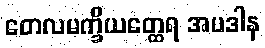
တေလမက္ခိယတ္ထေရ အပဒါန